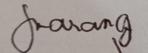
Signature authenticity: genuine